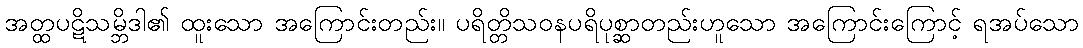
အတ္ထပဋိသမ္ဘိဒါ၏ ထူးသော အကြောင်းတည်း။ ပရိတ္တိသဝနပရိပုစ္ဆာတည်းဟူသော အကြောင်းကြောင့် ရအပ်သော